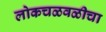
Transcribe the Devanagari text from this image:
लोकचळवळीचा